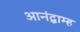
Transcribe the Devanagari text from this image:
आनंद्ब्राम्ह